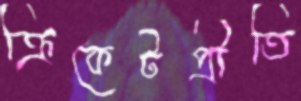
ক্রিকেটপ্রীতি